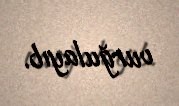
vurğulayıb.